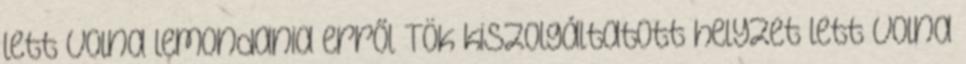
lett volna lemondania erről Tök kiszolgáltatott helyzet lett volna